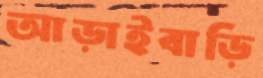
আড়াইবাড়ি